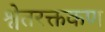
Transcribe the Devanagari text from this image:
श्वेतरक्तकण